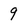
Character: 9